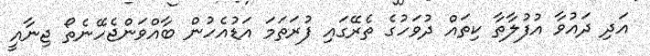
އަދި ދައުވާ އުފުލާތާ ކިތައް ދުވަހުގެ ތެރޭގައި ފުރަތަމަ އަޑުއެހުން ބާއްވަންޖެހޭނެތޯ ޖިނާއީ